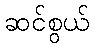
ဆင်စွယ်